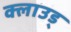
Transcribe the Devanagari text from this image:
क्लाउड्